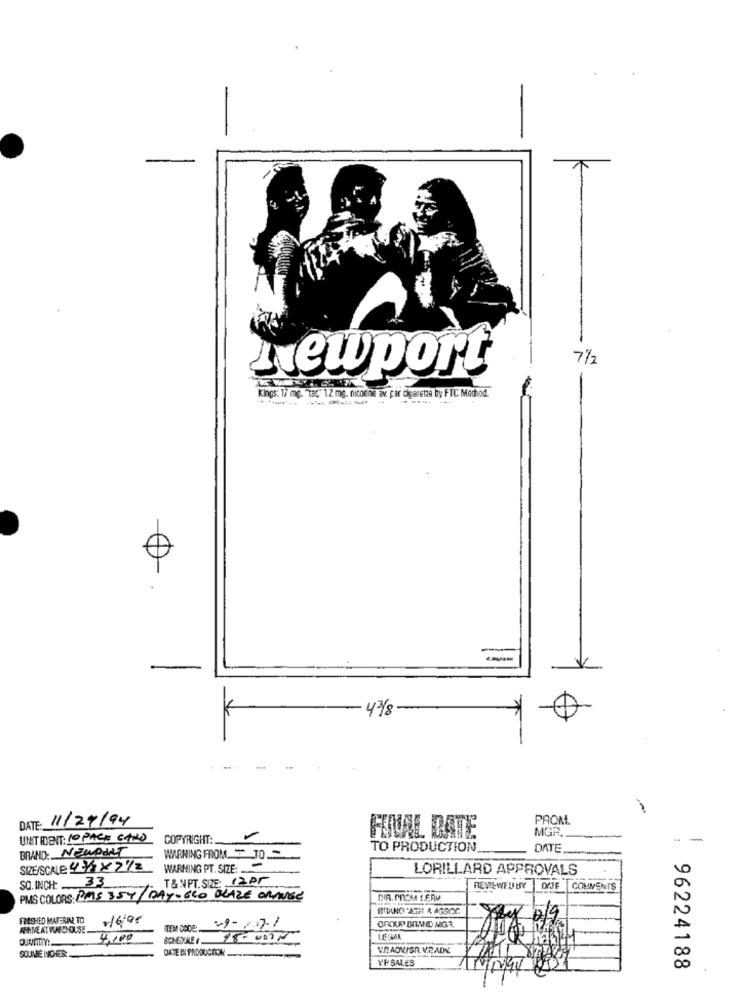
71/2
Newport
Kings: 17 mg. "tar" 1.2 mg. nicotine av par cigarette by FTC Method.
-
43/8
DATE: 11/27/94
PROM.
MGR.
UNITIDENT: 10 PACE CAND
COPYRIGHT :.
FINAL DATE
- -
BRAND: NOWOHAT
TO PRODUCTION
DATE
WARNING FROM - TO-
SIZE/SCALE: 4 1/2 X2/2
WARMING PT. SIZE:
-
LORILLARD APPROVALS
33
T& NPT. SIZE: 12PM
SQ. INCH:
REVIEWED BY
D/JF COMMENTS
PMS COLORS: PAS 354/DAY-ECO BLAZE ORANGE
DIR. PROM SERV
FRESHED MATERIA TO
2/6/95
-9-171
GROUP BINND MGR
AFHIME AT VEMEDHOUSE
TEM CODE:
4,100
SCHESTALE
18.0000
LE GUAN
VRAOKISR. V.RADY
SOUNE INCHES
DATE IN PRODUCTION ....
VESALES
96224188